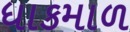
ધાકમાળ